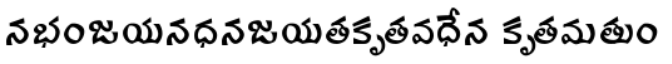
నభంజయనధనజయతకృతవధేన కృతమతుం